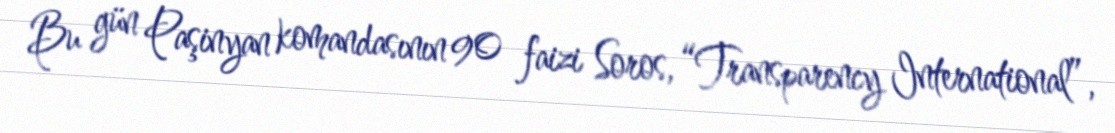
Bu gün Paşinyan komandasının 90 faizi Soros, “Transparency International”,